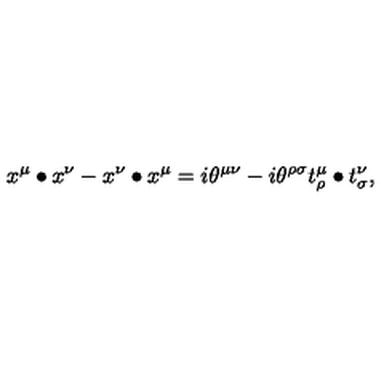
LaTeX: x ^ { \mu } \bullet x ^ { \nu } - x ^ { \nu } \bullet x ^ { \mu } = i \theta ^ { \mu \nu } - i \theta ^ { \rho \sigma } t _ { \rho } ^ { \mu } \bullet t _ { \sigma } ^ { \nu } ,